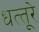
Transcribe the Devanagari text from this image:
धत्‍तूरे